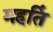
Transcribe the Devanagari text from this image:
महतिं